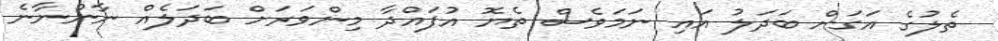
ތެލުގެ އަގަށް ބަދަލު އައި ނަމަވެސް ތެޔޮ އުފައްދާ މިންވަރަށް ބަދަލެއް ނާންނާނެ